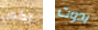
يكون بدوت